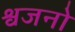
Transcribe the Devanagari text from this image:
श्वजनो